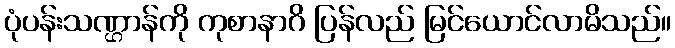
ပုံပန်းသဏ္ဌာန်ကို ကုစာနာဂိ ပြန်လည် မြင်ယောင်လာမိသည်။